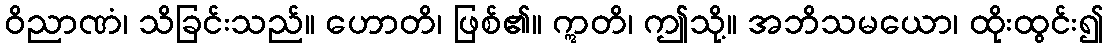
ဝိညာဏံ၊ သိခြင်းသည်။ ဟောတိ၊ ဖြစ်၏။ ဣတိ၊ ဤသို့။ အဘိသမယော၊ ထိုးထွင်း၍